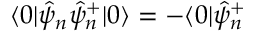
\langle 0 | \hat { \psi } _ { n } \hat { \psi } _ { n } ^ { + } | 0 \rangle = - \langle 0 | \hat { \psi } _ { n } ^ { + }